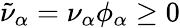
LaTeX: \tilde{\nu}_{\alpha}=\nu_{\alpha}\phi_{\alpha}\geq 0